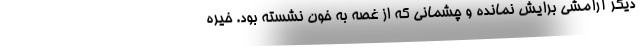
دیگر آرامشی برایش نمانده و چشمانی که از غصه به خون نشسته بود. خیره